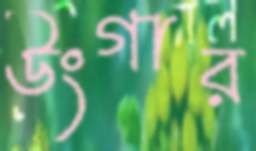
উংগার